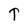
Character: T